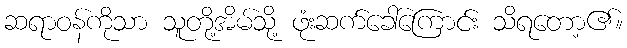
ဆရာဝန်ကိုသာ သူတို့အိမ်သို့ ဖုံးဆက်ခေါ်ကြောင်း သိရတော့၏။